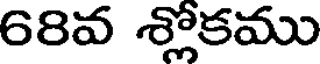
68వ శ్లోకము